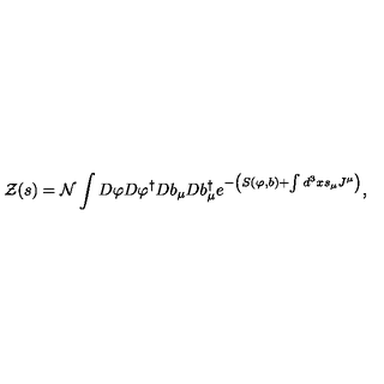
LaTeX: { \cal Z } ( s ) = { \cal N } \int D \varphi D \varphi ^ { \dagger } D b _ { \mu } D b _ { \mu } ^ { \dagger } e ^ { - \left( S ( \varphi , b ) + \int d ^ { 3 } x s _ { \mu } J ^ { \mu } \right) } ,